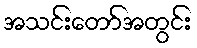
အသင်းတော်အတွင်း